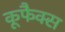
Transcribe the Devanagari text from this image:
कूफैक्स